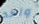
واحد